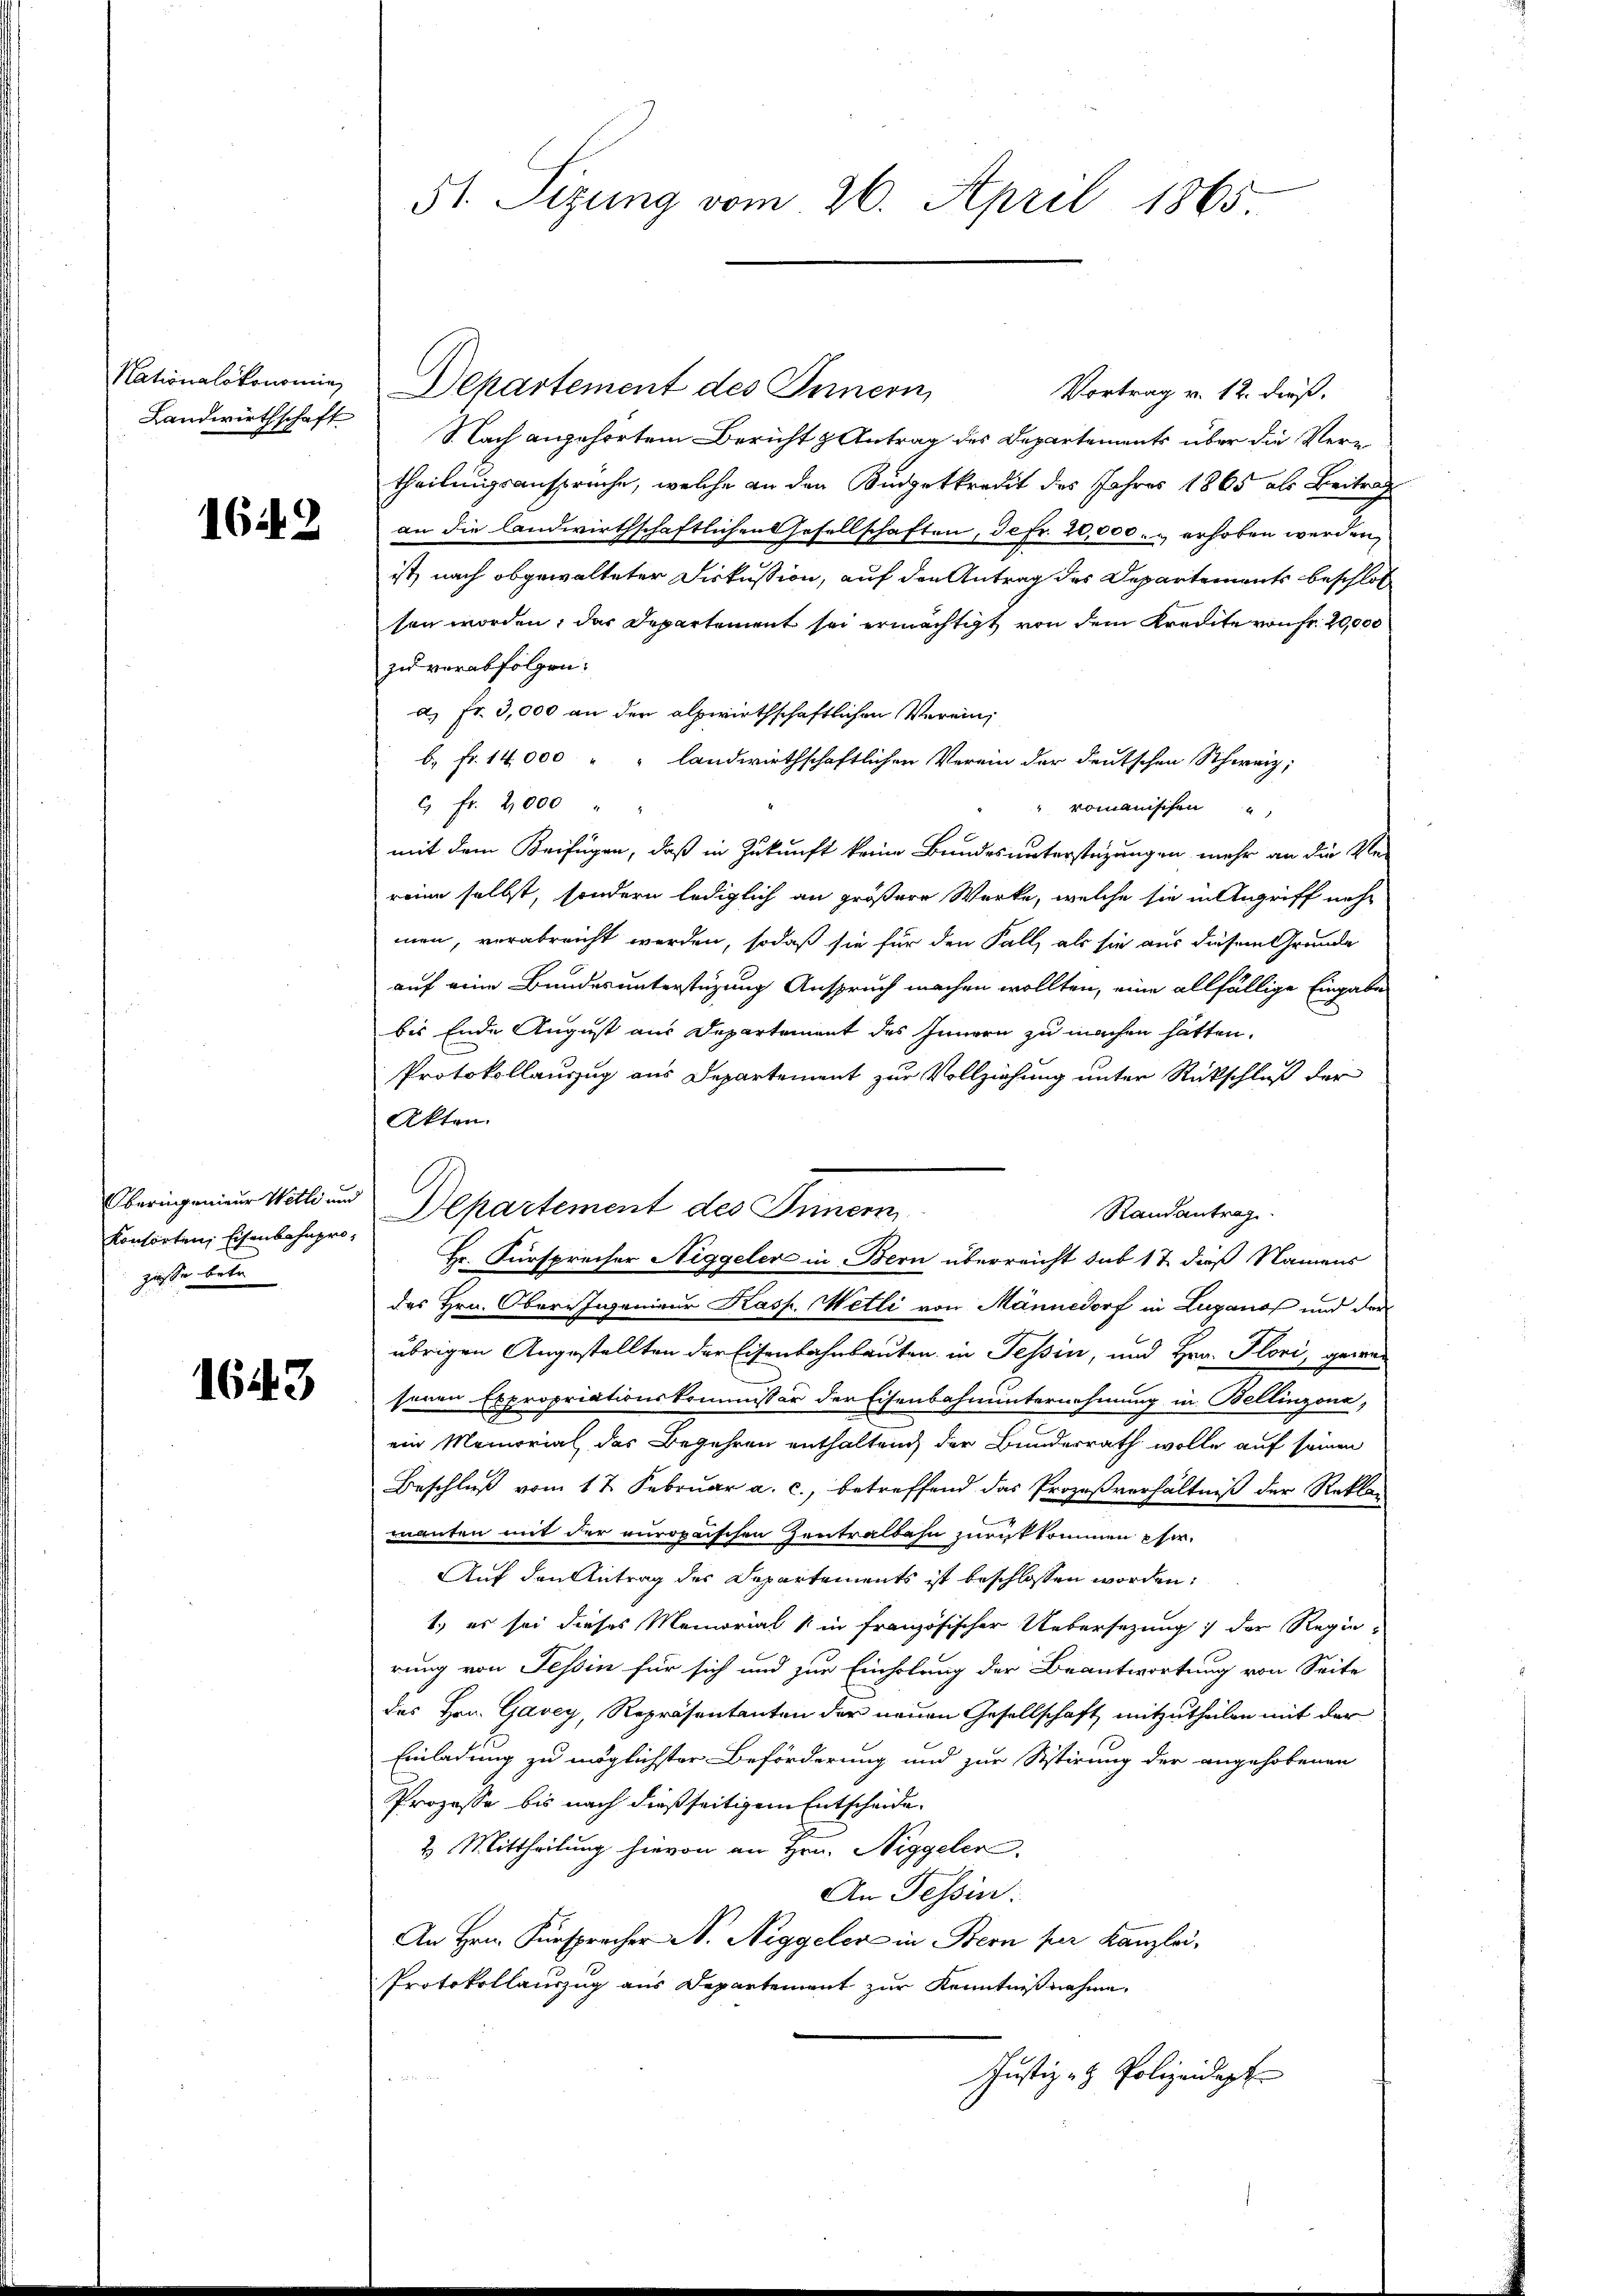
Nationalökonomin
Landwirthschaft

1649

Oberingenieur Wetti und
Konsorten, Eisenbahnprozüsse betr

1643

51. Sizung vom 26. April 1865.

Departement des Innern,
Vortrag v. 12. dieß.
S.Nach angehörtem Bericht & Antrag des Departements über die Vertheilungsanspruche, welche an den Budgetkredit des Jahres 1865 als Beitrag
an die landwirthschaftlichen Gesellschaften, de Fr. 20,000. u erhoben werden.
ist, nach abgewalteter Diskussion, auf den Antrag des Departements beschloß
sen worden, das Departement sei ermächtigt von dem Kredite von Fr. 20,000
zu verabfolgen.
a.) Fr. 3,000 an der alpwirthschaftlichen Verein,
b. Fr. 14,000 " " landwirthschaftlichen Verein der deutschen Schweiz,
6 fr. 2,000 "
" romanischen
mit dem Beifügen, daß in Zukunft keine Bundes unterstüzungen mehr an die Ver
reine selbst, sondern lediglich an größere Werke, welche sie in Angriff neh
men, verabreicht werden, sodaß sie für den Fall, als sie aus diesem Grunde
auf eine Bundes unterstüzung Anspruch machen wollten, eine allfällige Eingabe
bis Ende August aus Departement des Innern zu machen hätten.
Protokollauszug aus Departement zur Vollziehung unter Rückschluß der
Akten.
Departement des Innern
Randantrag
Hr. Fürsprecher Niggeler in Bern überreicht sub 1 & daß Namens
des Hrn. Ober-Ingenieur Kasp. Wetli von Männedorf in Luganof und der
übrigen Angestellten der Eisenbahnbauten in Tessin, und Hrn. Flori, gewa
seren Expropriationskommissor der Eisenbahnunternehmung in Bellinzona,
ein Memorial des Begehren enthalten der Bundesrath wolle auf seinen
Beschluß vom 17. Februar a. c., betreffend das Prozeßverhältniß der Reklaaanten mit der europaischen Zentralbahn zurükkommen Ehe.
Auf den Antrag des Departements ist beschlossen worden:
1.) es sei dieses Memorial in französischer Uebersetzung der Regie-
rung von Tessin für sich und zur Einholung der Beantwortung von Seite
des Hrn. Gavey, Repräsentanten der neuen Gesellschaft mitzutheilen mit der
Einladung zu möglichster Beförderung und zur Sistirung der angehobenen
Prozesse bis nach dießseitigem Entscheide
2. Mittheilung hievon an Hrn. Niggeler.
An Tessin.
An Hrn. Fürsprecher N. Niggeler in Bern per Kanzlei,
Protokollauszug aus Departement zur Kenntnißnahme
Justiz- & Polizeidapt